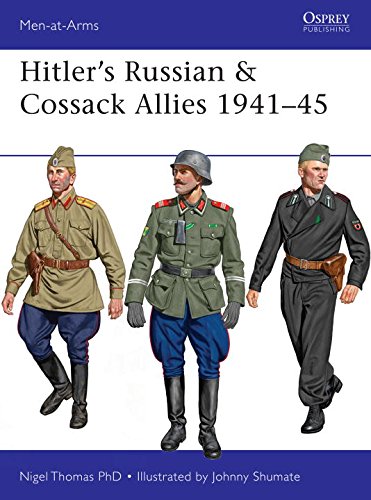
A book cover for Hitler's Russian & Cossack Allies 1941-45 (Men-at-Arms); Nigel Thomas; Arts & Photography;